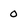
Character: 0